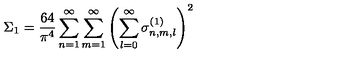
\Sigma _ { 1 } = \frac { 6 4 } { \pi ^ { 4 } } \sum _ { n = 1 } ^ { \infty } \sum _ { m = 1 } ^ { \infty } \left( \sum _ { l = 0 } ^ { \infty } \sigma _ { n , m , l } ^ { ( 1 ) } \right) ^ { 2 }